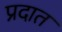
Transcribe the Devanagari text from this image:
प्रदात